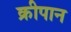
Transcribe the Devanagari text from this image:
क्रीपान